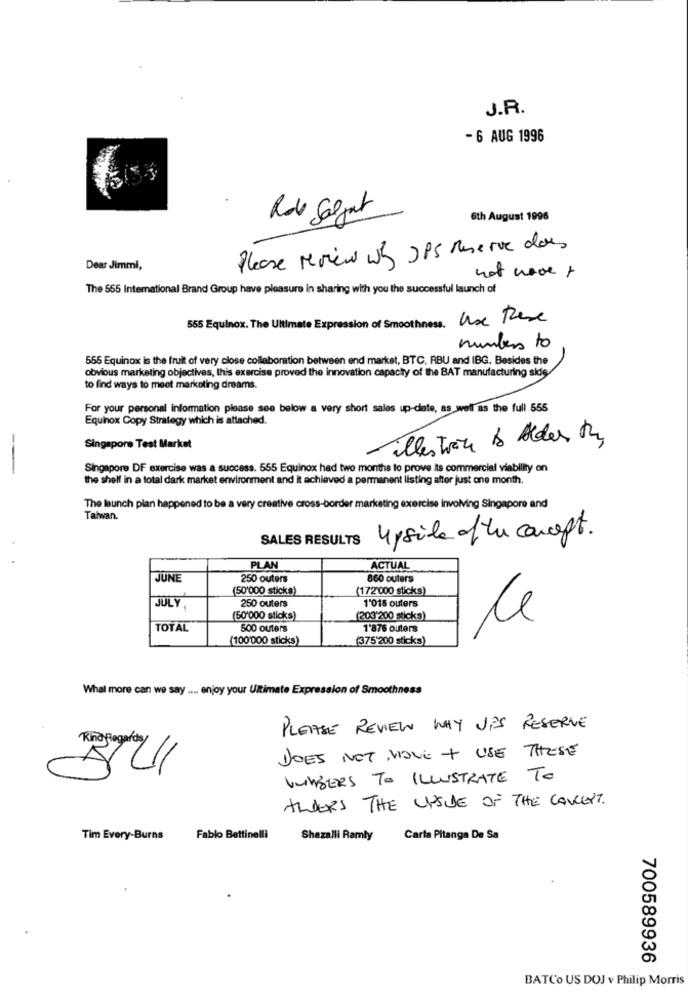
J.R.
- 6 AUG 1996
Rob Salget
6th August 1996
Please review Why JPS Reserve does
Dear Jimmi,
not nove +
The 565 International Brand Group have pleasure in sharing with you the successful launch of
Use Rese
555 Equinox. The Ultimate Expression of Smoothness.
numbers to
556 Equinox is the fruit of very close collaboration between end market, BTC, RBU and IBG. Besides the
obvious marketing objectives, this exercise proved the innovation capacity of the BAT manufacturing side
to find ways to meet marketing dreams.
For your personal information please see below a very short sales up-date, as well as the full 555
Equinox Copy Strategy which is attached.
alles trate Do Alder try
Singapore Test Market
--
Singapore DF exercise was a success. 555 Equinox had two months to prove Is commercial viability on
the shelf in a total dark market environment and it achieved a permanent listing after just one month.
The launch plan happened to be a very creative cross-border marketing exercise involving Singapore and
Taiwan.
SALES RESULTS
4 p sila of the concept.
PLAN
ACTUAL
JUNE
250 outers
860 outers
(50'000 sticks)
(172'000 sticks)
250 outers
JULY
1'015 outers
(50'000 sticks)
(203'200 sticks)
le
TOTAL
500 outers
1'876 outers
(100'000 sticks)
(375'200 sticks)
What more can we say .... enjoy your Ultimate Expression of Smoothness
PLEASE REVIEW WHY JES RESERVE
DOES NOT MOVE + USE THESE
VLINDERS TO ILLUSTRATE TO
ALDERS THE UPSIDE OF THE CONCERT.
Tim Every-Burns
Fabio Bettinelli
Shazalli Ramly
Carta Pitanga De Sa
700589936
BATCo US DOJ v Philip Morris